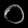
Digit: ၀